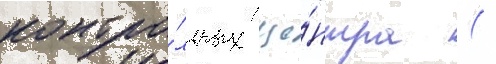
контро́льных це́нтра (